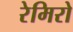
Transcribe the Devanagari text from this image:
रेमिरो